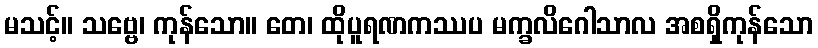
မသင့်။ သဗ္ဗေ၊ ကုန်သော။ တေ၊ ထိုပူရဏကဿပ မက္ခလိဂေါသာလ အစရှိကုန်သော